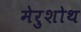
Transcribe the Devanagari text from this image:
मेरुशोथ